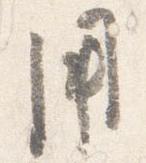
用